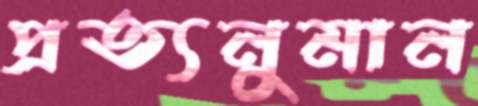
প্রত্যনুমান